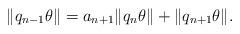
LaTeX: \begin{align*}\|q_{n-1}\theta\|=a_{n+1}\|q_{n}\theta\|+\|q_{n+1}\theta\|.\end{align*}